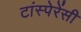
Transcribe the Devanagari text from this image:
टांस्पेरेंसी